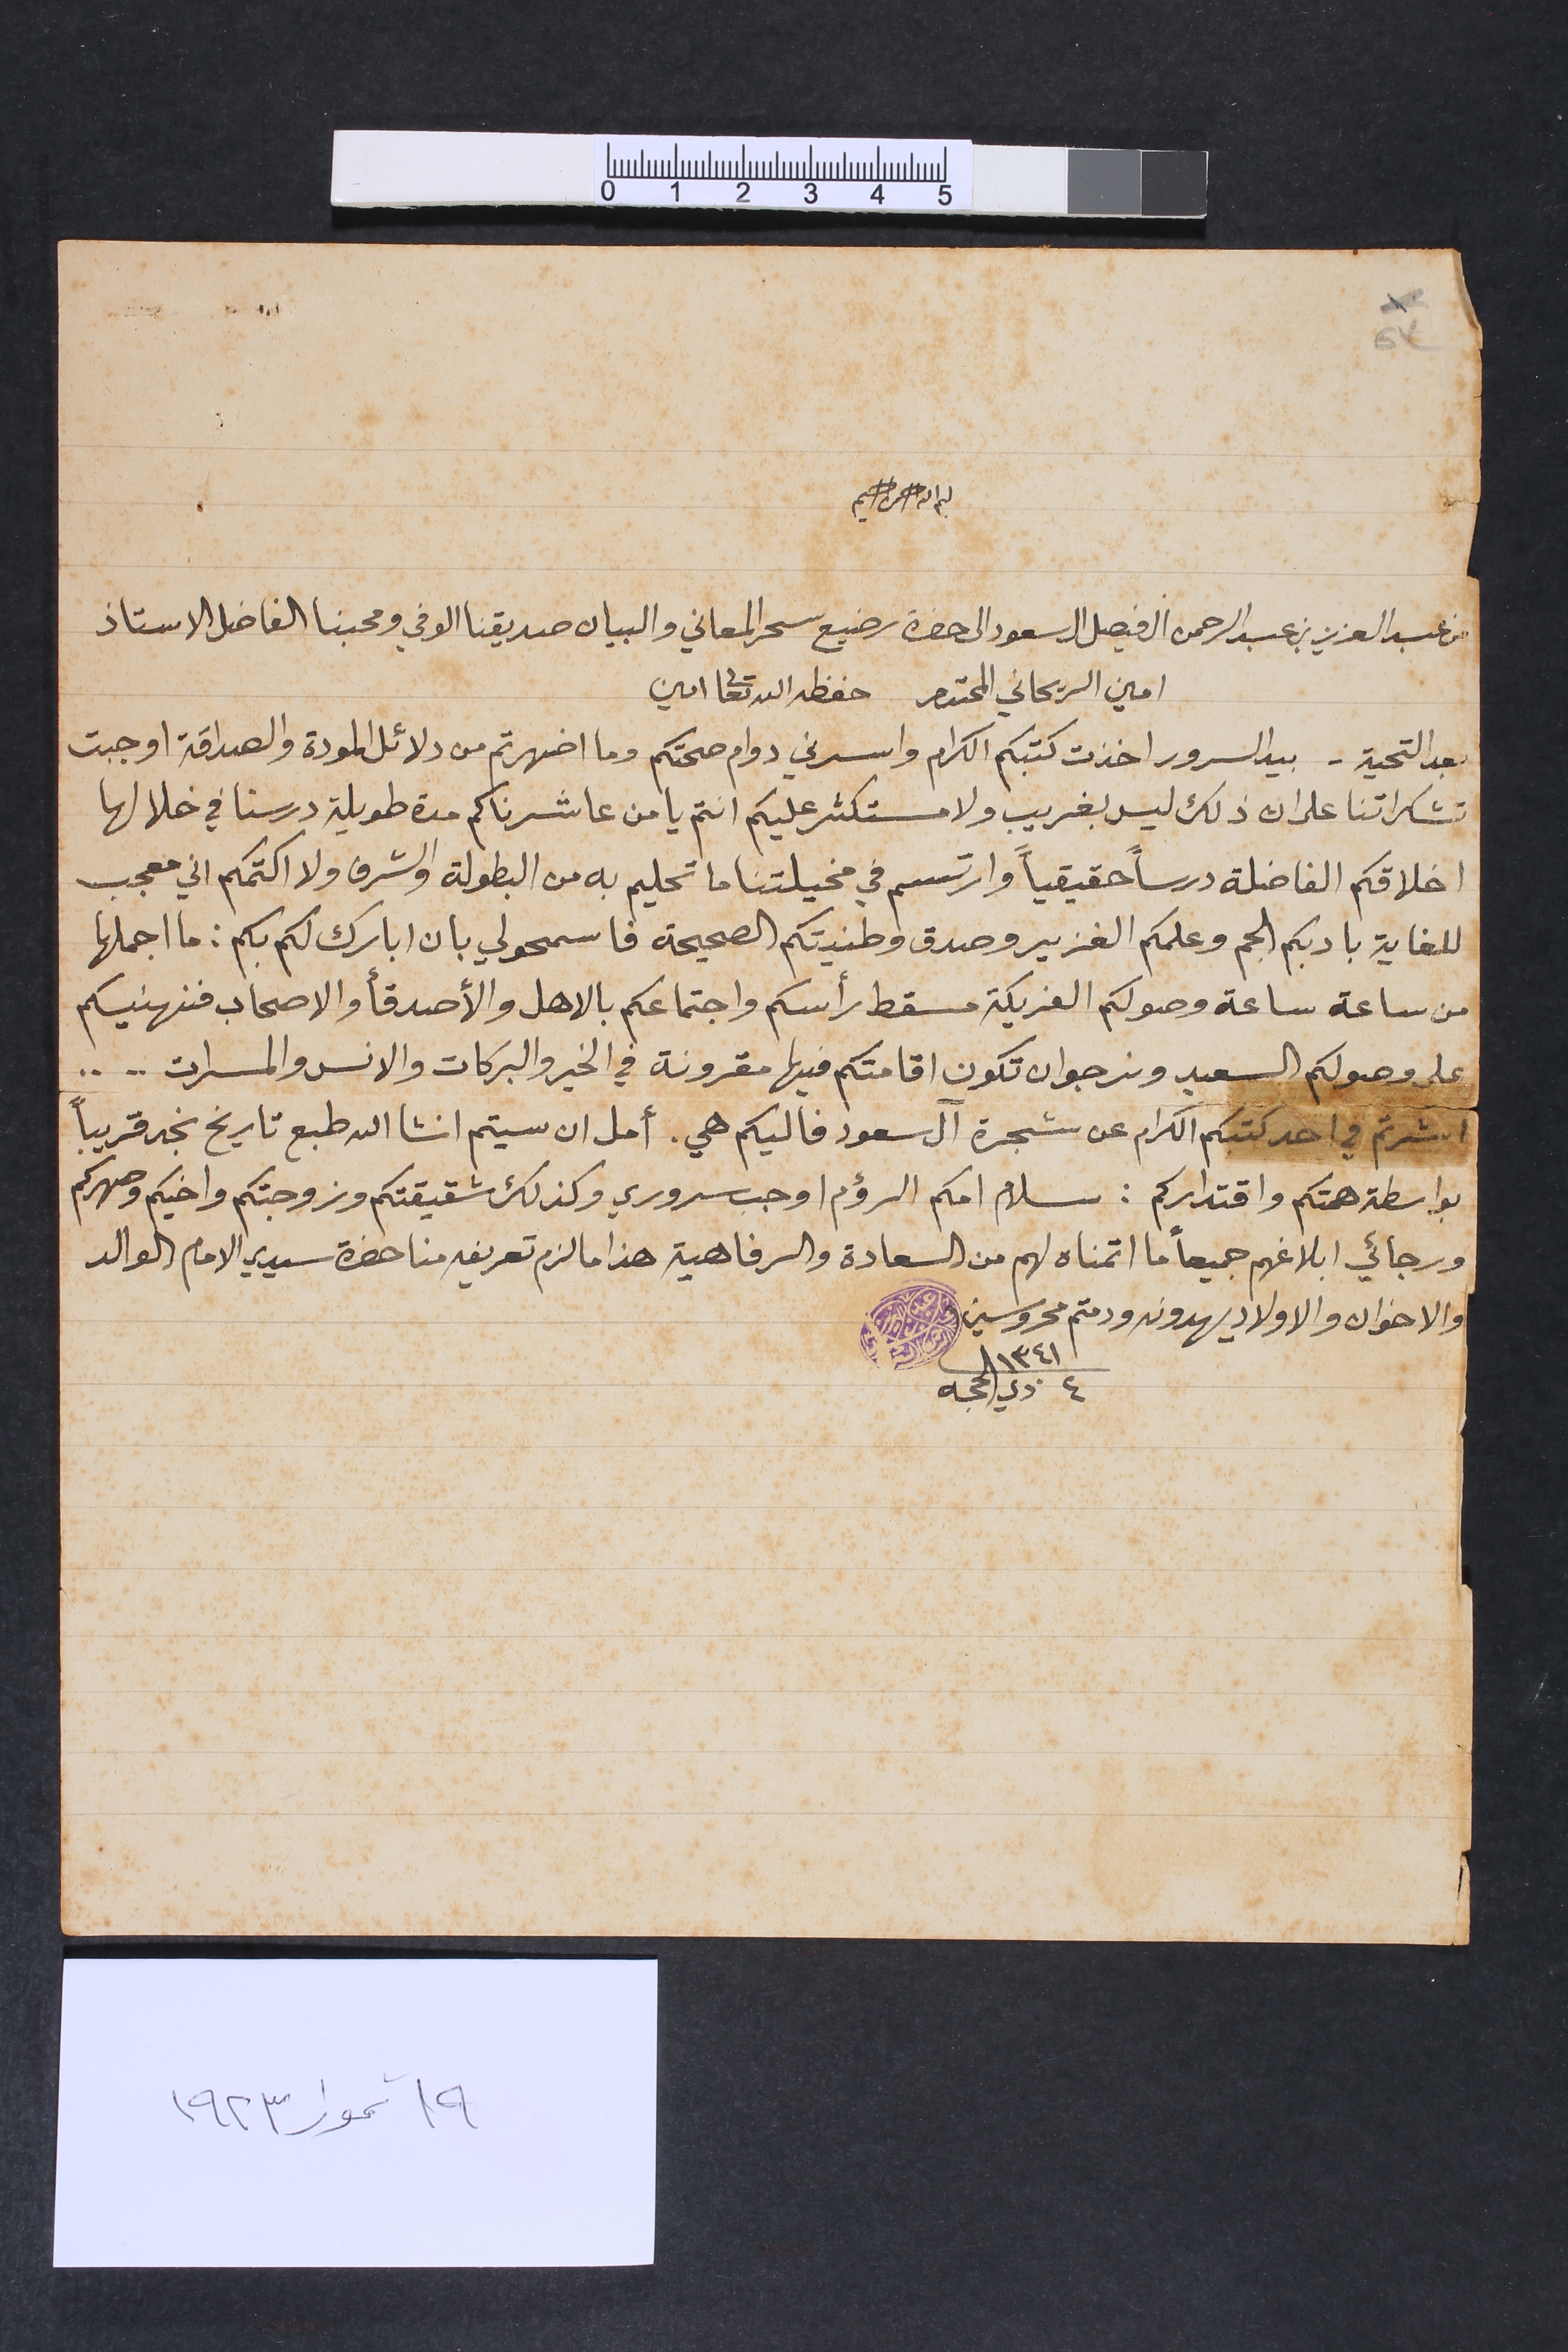
٥٣
بسم الله الرحمن الرحيم
من عبد العزيز بن عبد الرحمن ال فيصل ال سعود الى حضرة رضيع سحر المعاني والبيان صديقنا الوفي ومحبنا الفاضل الاستاذ
امين الريحاني المحترم	حفظه الله تعالى امين
بعد التحية – بيد السرور اخذت كتبكم الكرام واسرني دوام صحتكم وما اضهرتم من دلائل المودة والصداقة اوجبت
تشكراتنا على ان ذلك ليس بغريب ولا مستكثر عليكم انتم يا من عاشرناكم مدة طويلة درسنا في خلالها
اخلاقكم الفاضلة درساً حقيقياً وارتسم في مخيلتنا ما تحليم به من البطولة والشرف ولا اكتمكم اني معجب
للغاية بادبكم الجم وعلمكم الغزير وصدق وطنيتكم الصحيحة فاسمحو لي بان ابارك لكم بكم : ما اجملها
من ساعة ساعة وصولكم الفريكة مسقط رأسكم واجتماعكم بالاهل والأصدقاء والاصحاب فنهنيكم
على وصولكم السعيد ونرجو ان تكون اقامتكم فيها مقرونة في الخير والبركات والانس والمسرات ... ..
اشرتم في احد كتبكم الكرام عن شجرة آل سعود فاليكم هي. أمل ان سيتم انشا الله طبع تاريخ نجد قريباً
بواسطة همتكم واقتداركم: سلام امكم الرؤم اوجب سروري وكذلك شقيقتكم وزوجتكم واخيكم وصهركم
ورجائي ابلاغهم جميعاً ما اتمناه لهم من السعادة والرفاهية هذا ما لزم تعريفه منا حضرة سيدي الامام الوالد
والاخوان والاولاد يهدونه ودمتم محروسين
١٣٤١ 	٤	ذي الحجه
١٩ تموز ١٩٢٣